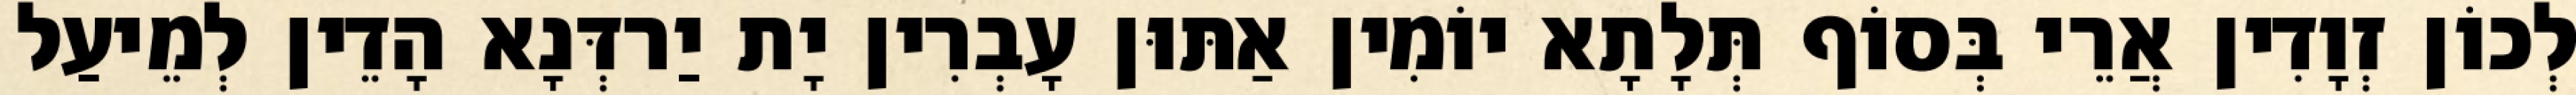
לְכוֹן זְוָדִין אֲרֵי בְּסוֹף תְּלָתָא יוֹמִין אַתּוּן עָבְרִין יָת יַרדְּנָא הָדֵין לְמֵיעַל